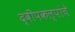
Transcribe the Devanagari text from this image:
द्वीपकल्पांचे